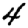
Digit: 4